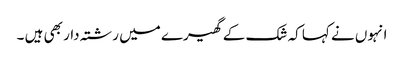
انہوں نے کہا کہ شک کے گھیرے میں رشتہ دار بھی ہیں ۔